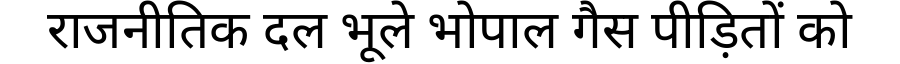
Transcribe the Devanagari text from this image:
राजनीतिक दल भूले भोपाल गैस पीड़ितों को